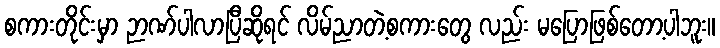
စကားတိုင်းမှာ ဉာဏ်ပါလာပြီဆိုရင် လိမ်ညာတဲ့စကားတွေ လည်း မပြောဖြစ်တော့ပါဘူး။